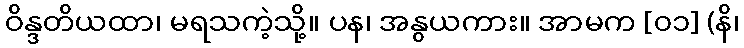
ဝိန္ဒတိယထာ၊ မရသကဲ့သို့။ ပန၊ အနွယကား။ အာမက [၀၁] (နိ၊